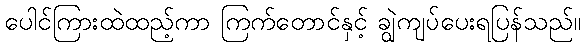
ပေါင်ကြားထဲထည့်ကာ ကြက်တောင်နှင့် ချွဲကျပ်ပေးရပြန်သည်။